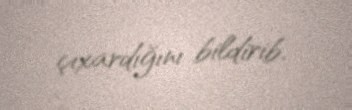
çıxardığını bildirib.